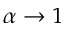
\alpha \rightarrow 1